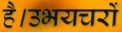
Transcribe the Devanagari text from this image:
है।उभयचरों